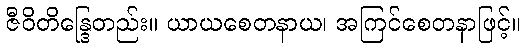
ဇီဝိတိန္ဒြေတည်း။ ယာယစေတနာယ၊ အကြင်စေတနာဖြင့်။